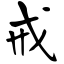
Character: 戒